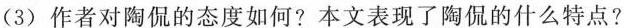
(3)作者对陶侃的态度如何?本文表现了陶侃的什么特点?